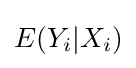
E(Y_{i}|X_{i})